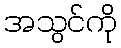
အသွင်ကို